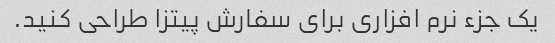
یک جزء نرم افزاری برای سفارش پیتزا طراحی کنید.